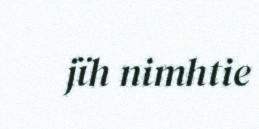
jïh nimhtie